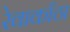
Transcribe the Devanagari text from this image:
रेवाकाँठा